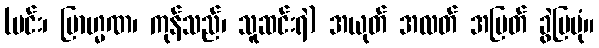
(မင်း၊ ဗြာဟ္မဏ၊ ကုန်သည်၊ သူဆင်းရဲ) အယုတ် အလတ် အမြတ် ခွဲပြပုံ။